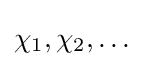
\chi _{1},\chi _{2},\ldots